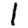
Digit: 1